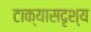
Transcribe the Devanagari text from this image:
टाक्यासदृश्य